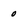
Character: o